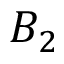
B _ { 2 }